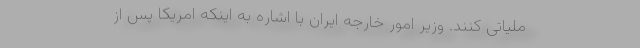
ملیاتی کنند. وزیر امور خارجه ایران با اشاره به اینکه امریکا پس از